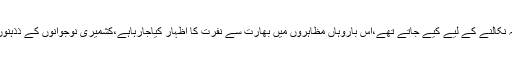
یشونت سنہا کا کہناتھاکہ پہلے کشمیر میں مظاہرے غصہ نکالنے کے لیے کیے جاتے تھے،اس باروہاں مظاہروں میں بھارت سے نفرت کا اظہار کیاجارہاہے،کشمیری نوجوانوں کے ذذہنوں میں راسخ ہوگیا کہ بھارت نے کشمیرپرقبضہ کیاہواہے۔